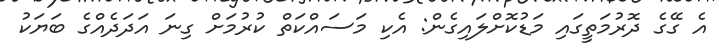
އެ ގޭގެ ދޮރުމަތީގައި މަޑުކޮށްލައިގެން: އެކި މަސައްކަތް ކުރުމަށް ގިނަ އަދަދެއްގެ ބަޔަކު